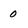
Character: 0